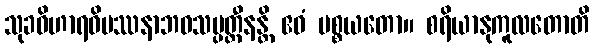
သုခဝိဟာရဝိပဿနာဘဝသမ္ပတ္တီနန္တိ ဧဝံ ပစ္စယတော။ စရိယာနုကူလတောတိ